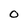
Character: O